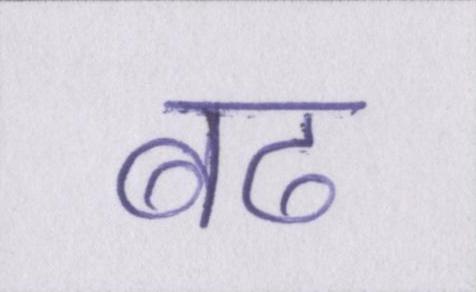
बढ